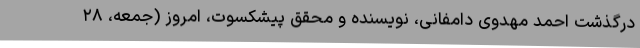
درگذشت احمد مهدوی دامفانی، نویسنده و محقق پیشکسوت، امروز (جمعه، ۲۸